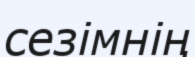
сезімнің